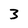
Character: 3